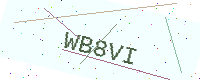
Text: WB8VI